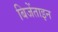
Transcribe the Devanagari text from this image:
बिजेंताइन